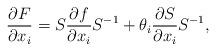
LaTeX: \begin{align*}\frac{\partial F}{\partial x_i} = S \frac{\partial f}{\partial x_i} S^{-1} +\theta_i \frac{\partial S}{\partial x_i} S^{-1},\end{align*}